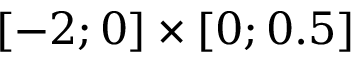
[ - 2 ; 0 ] \times [ 0 ; 0 . 5 ]